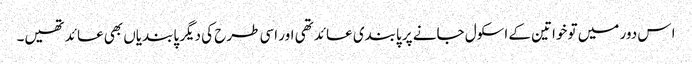
ا س دور میں تو خواتین کے اسکول جانے پر پابندی عائد تھی اور اسی طرح کی دیگر پابندیاں بھی عائد تھیں۔